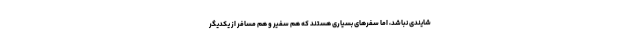
شایندی نباشد، اما سفرهای بسیاری هستند که هم سفیر و هم مسافر از یکدیگر